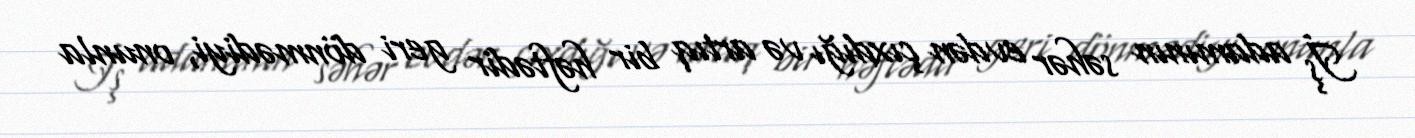
İş adamının səhər evdən çıxdığı və artıq bir həftədir geri dönmədiyi, onunla